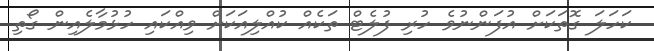
ކަހަލަ ގޮތަކަށް އުފަންނުވެ ހުރި ފުލެޓް ތަކެއް ކުއްލިއަކަށް ވިއްކައި ހުޅުމާލެއިން ގޯތި